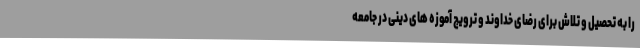
را به تحصیل و تلاش برای رضای خداوند و ترویج آموزه های دینی در جامعه